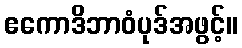
ဧကောဒိဘာဝံပုဒ်အဖွင့်။